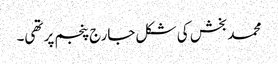
محمد بخش کی شکل جارج پنجم پر تھی۔